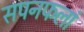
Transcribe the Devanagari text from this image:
सपनफलां